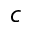
c